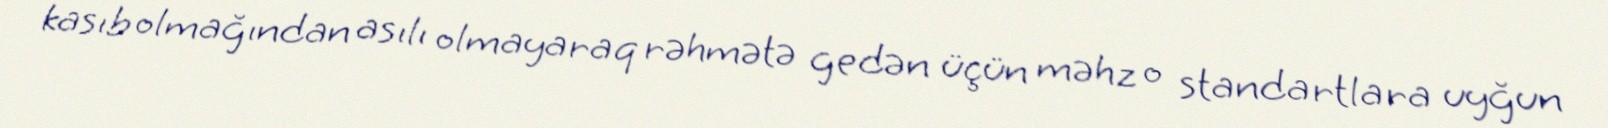
kasıb olmağından asılı olmayaraq rəhmətə gedən üçün məhz o standartlara uyğun